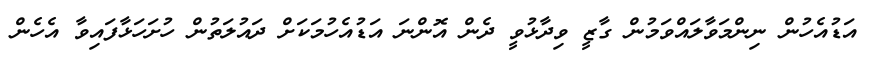
އަޑުއެހުން ނިންމަވާލައްވަމުން ގާޒީ ވިދާޅުވީ ދެން އޮންނަ އަޑުއެހުމަކަށް ދައުލަތުން ހުށަހަޅާފައިވާ އެހެން